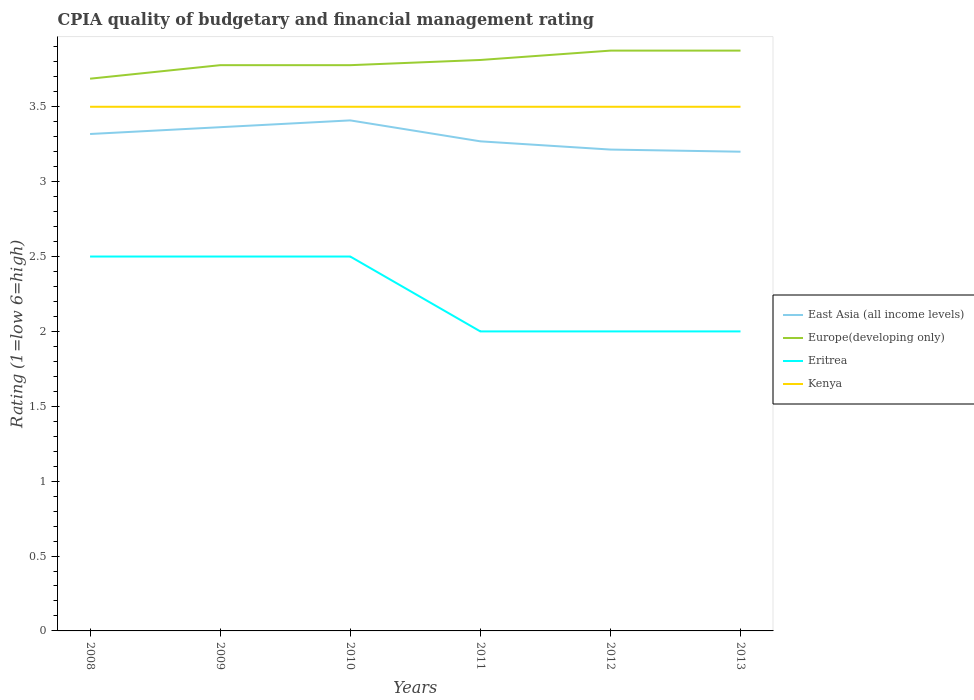
| Years | East Asia (all income levels) | Europe(developing only) | Eritrea | Kenya |
 | --- | --- | --- | --- | --- |
 | 2008 | 3.32 | 3.69 | 2.5 | 3.5 |
 | 2009 | 3.36 | 3.78 | 2.5 | 3.5 |
 | 2010 | 3.41 | 3.78 | 2.5 | 3.5 |
 | 2011 | 3.27 | 3.81 | 2 | 3.5 |
 | 2012 | 3.21 | 3.88 | 2 | 3.5 |
 | 2013 | 3.2 | 3.88 | 2 | 3.5 |